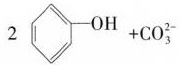
2OH + CO_{3}^{2-}$$